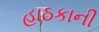
હાઠકાની